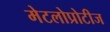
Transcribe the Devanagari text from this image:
मेटलोप्रोटीज